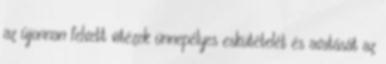
az újonnan felvett vitézek ünnepélyes eskütételét és avatását az